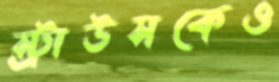
স্ট্রাউসকেও